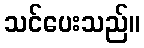
သင်ပေးသည်။